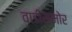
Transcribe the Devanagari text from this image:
वाडीसमोर